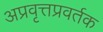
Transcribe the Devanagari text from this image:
अप्रवृत्तप्रवर्तक